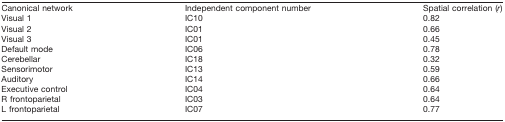
| Canonical network | Independent component number | Spatial correlation (r) |
 | --- | --- | --- |
 | Visual 1 | IC10 | 0.82 |
 | Visual 2 | IC01 | 0.66 |
 | Visual 3 | IC01 | 0.45 |
 | Default mode | IC06 | 0.78 |
 | Cerebellar | IC18 | 0.32 |
 | Sensorimotor | IC13 | 0.59 |
 | Auditory | IC14 | 0.66 |
 | Executive control | IC04 | 0.64 |
 | R frontoparietal | IC03 | 0.64 |
 | L frontoparietal | IC07 | 0.77 |